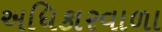
અધિકારવાળા